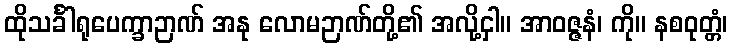
ထိုသင်္ခါရုပေက္ခာဉာဏ် အနု လောမဉာဏ်တို့၏ အလို့ငှါ။ အာဝဇ္ဇနံ၊ ကို။ နစဝုတ္တံ၊